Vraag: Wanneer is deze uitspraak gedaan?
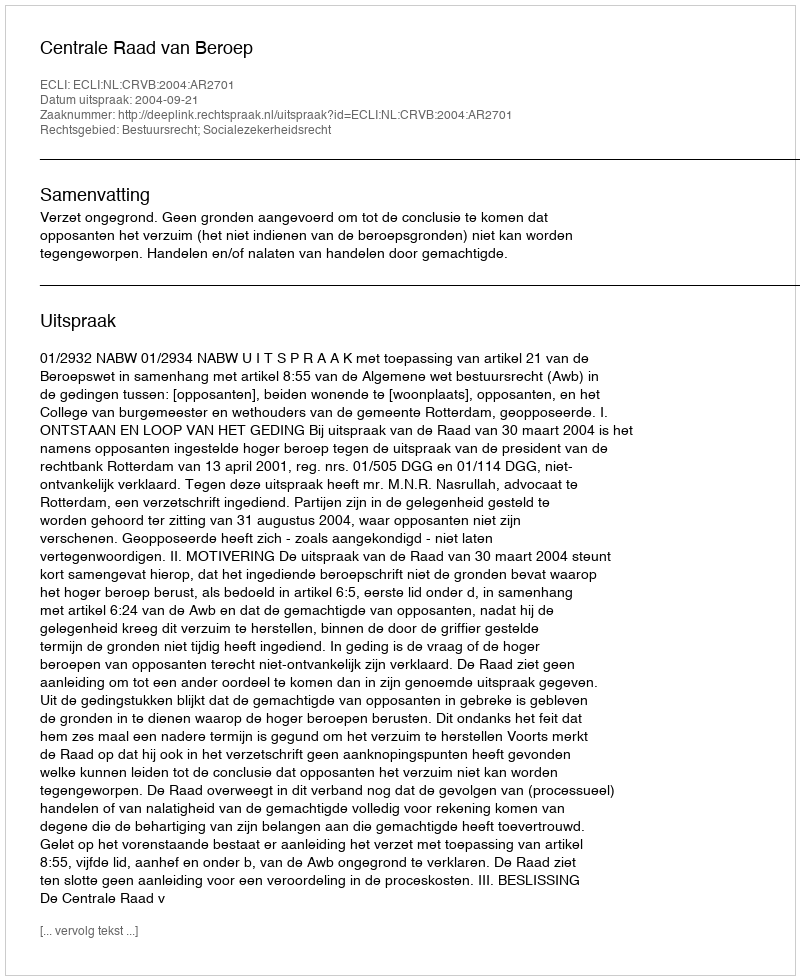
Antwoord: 2004-09-21